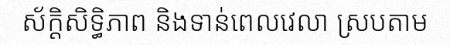
ស័ក្តិសិទ្ធិភាព និងទាន់ពេលវេលា ស្របតាម